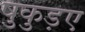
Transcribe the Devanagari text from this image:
षुकुड़ए